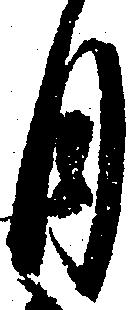
月